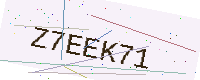
Text: Z7EEK71